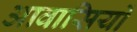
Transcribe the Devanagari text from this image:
आवासियों